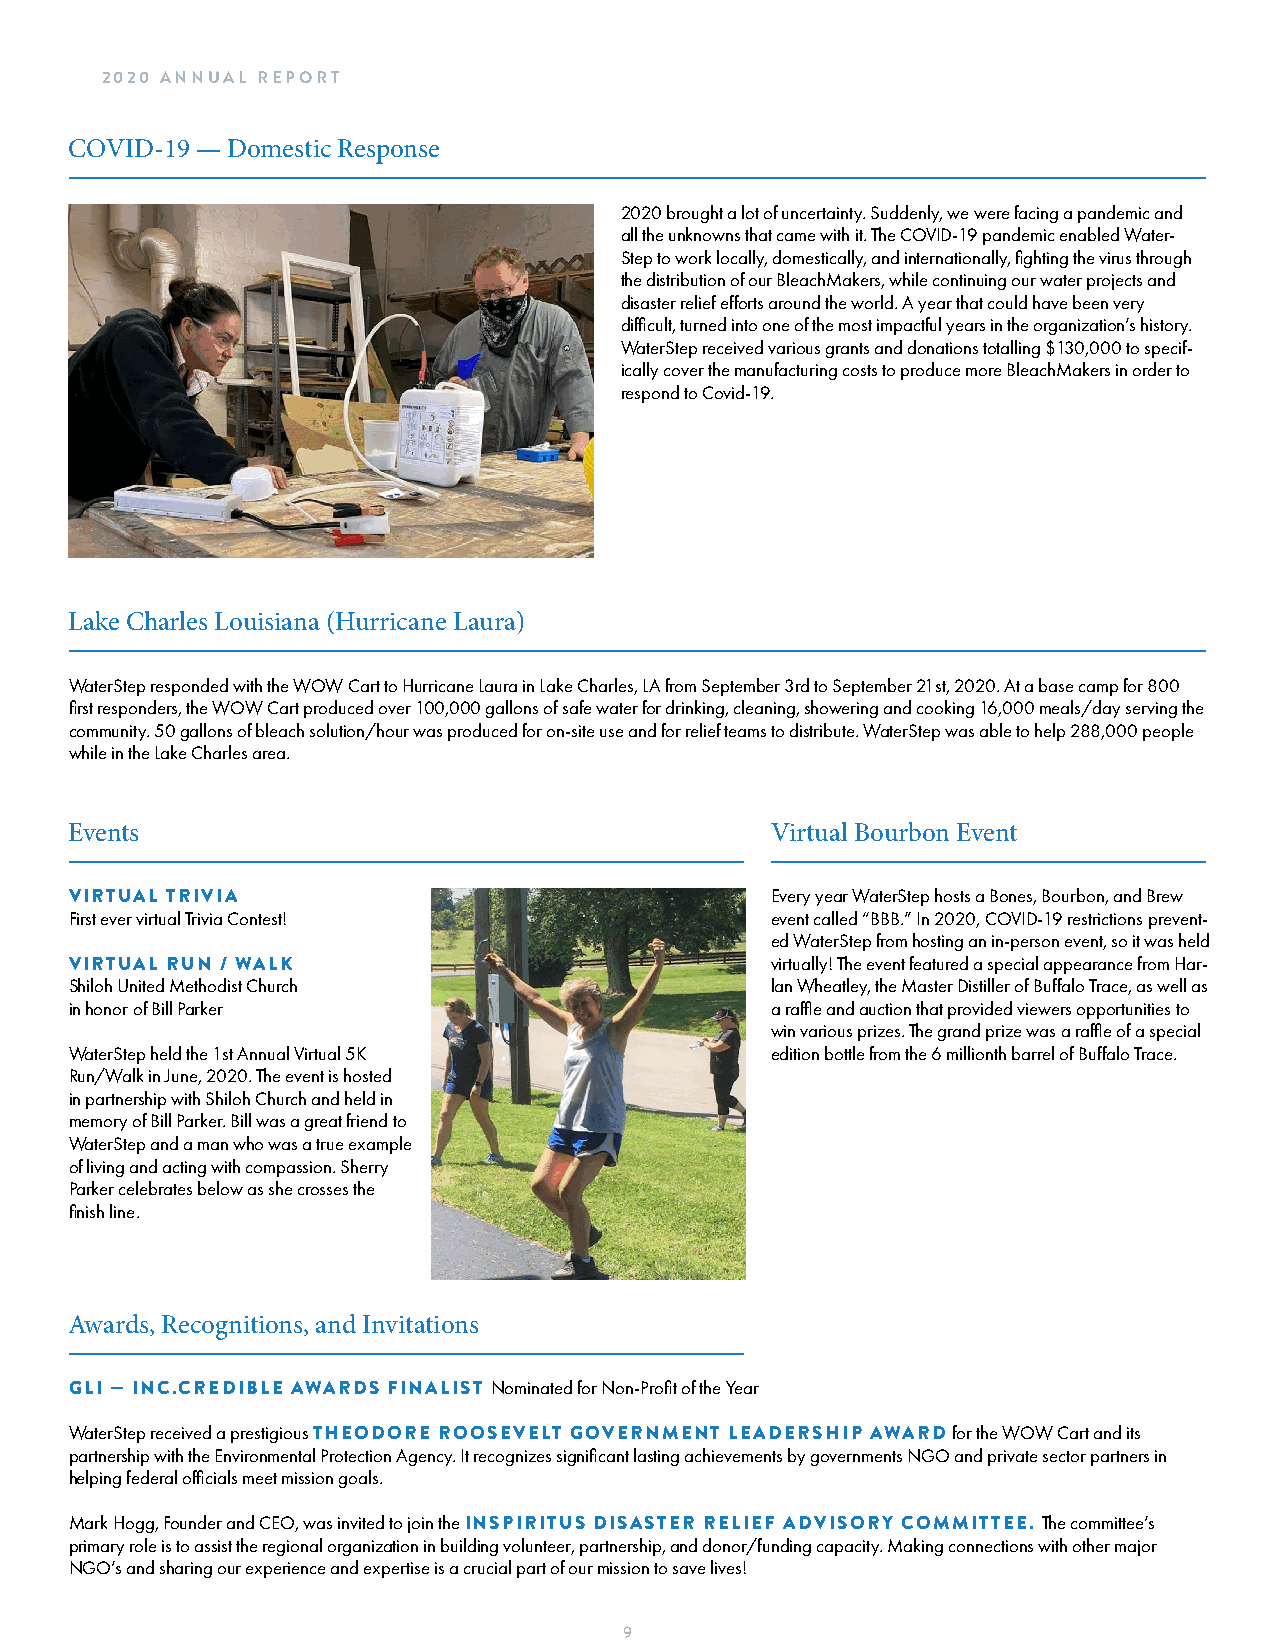
2020 ANNUAL REPORT
 COVID-19 — Domestic Response
 2020 brought a lot of uncertainty. Suddenly, we were facing a pandemic and
 all the unknowns that came with it. The COVID-19 pandemic enabled Water-
 Step to work locally, domestically, and internationally, fighting the virus through
 the distribution of our BleachMakers, while continuing our water projects and
 disaster relief efforts around the world. A year that could have been very
 difficult, turned into one of the most impactful years in the organization’s history.
 WaterStep received various grants and donations totalling $130,000 to specif-
 ically cover the manufacturing costs to produce more BleachMakers in order to
 respond to Covid-19.
 Lake Charles Louisiana (Hurricane Laura)
 WaterStep responded with the WOW Cart to Hurricane Laura in Lake Charles, LA from September 3rd to September 21st, 2020. At a base camp for 800
 first responders, the WOW Cart produced over 100,000 gallons of safe water for drinking, cleaning, showering and cooking 16,000 meals/day serving the
 community. 50 gallons of bleach solution/hour was produced for on-site use and for relief teams to distribute. WaterStep was able to help 288,000 people
 while in the Lake Charles area.
 Events                                        Virtual Bourbon Event
 VIRTUAL TRIVIA                                Every year WaterStep hosts a Bones, Bourbon, and Brew
 First ever virtual Trivia Contest!            event called “BBB.” In 2020, COVID-19 restrictions prevent-
 ed WaterStep from hosting an in-person event, so it was held
 VIRTUAL RUN / WALK                            virtually! The event featured a special appearance from Har-
 Shiloh United Methodist Church                lan Wheatley, the Master Distiller of Buffalo Trace, as well as
 in honor of Bill Parker                       a raffle and auction that provided viewers opportunities to
 win various prizes. The grand prize was a raffle of a special
 WaterStep held the 1st Annual Virtual 5K      edition bottle from the 6 millionth barrel of Buffalo Trace.
 Run/Walk in June, 2020. The event is hosted
 in partnership with Shiloh Church and held in
 memory of Bill Parker. Bill was a great friend to
 WaterStep and a man who was a true example
 of living and acting with compassion. Sherry
 Parker celebrates below as she crosses the
 finish line.
 Awards, Recognitions, and Invitations
 GLI — INC.CREDIBLE AWARDS FINALIST Nominated for Non-Profit of the Year
 WaterStep received a prestigious THEODORE ROOSEVELT GOVERNMENT LEADERSHIP AWARD for the WOW Cart and its
 partnership with the Environmental Protection Agency. It recognizes significant lasting achievements by governments NGO and private sector partners in
 helping federal officials meet mission goals.
 Mark Hogg, Founder and CEO, was invited to join the INSPIRITUS DISASTER RELIEF ADVISORY COMMITTEE. The committee’s
 primary role is to assist the regional organization in building volunteer, partnership, and donor/funding capacity. Making connections with other major
 NGO’s and sharing our experience and expertise is a crucial part of our mission to save lives!
 9